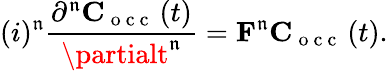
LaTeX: (i)^{\mathfrak{n}}\frac{{\partial^{\mathfrak{n}}\mathbf{C}_{\mathrm{{~o~c~c~}}}\left(t\right)}}{{\partialt^{\mathfrak{n}}}}=\mathbf{F}^{\mathfrak{n}}\mathbf{C}_{\mathrm{{~o~c~c~}}}\left(t\right).